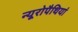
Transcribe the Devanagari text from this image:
न्यूरोपैथियां